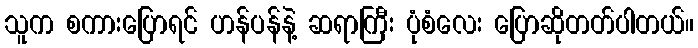
သူက စကားပြောရင် ဟန်ပန်နဲ့ ဆရာကြီး ပုံစံလေး ပြောဆိုတတ်ပါတယ်။